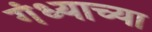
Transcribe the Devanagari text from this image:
गंध्याच्या